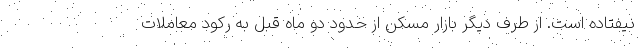
نیفتاده است. از طرف دیگر بازار مسکن از حدود دو ماه قبل به رکود معاملات